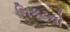
નિકટનો